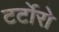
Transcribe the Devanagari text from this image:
टर्टोरो